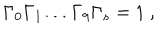
LaTeX: \Gamma _ { 0 } \Gamma _ { 1 } \dots \Gamma _ { 9 } \Gamma _ { s } = 1 \ ,